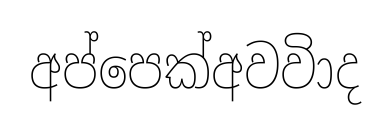
අප්පෙක්අවවිාද